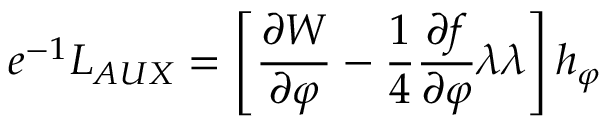
e ^ { - 1 } L _ { A U X } = \left[ \frac { \partial W } { \partial \varphi } - \frac { 1 } { 4 } \frac { \partial f } { \partial \varphi } \lambda \lambda \right] h _ { \varphi }